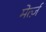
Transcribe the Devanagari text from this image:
मेर्त्ज़